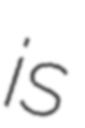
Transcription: is